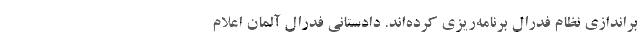
براندازی نظام فدرال برنامه‌ریزی کرده‌اند. دادستانی فدرال آلمان اعلام